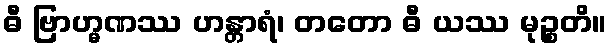
ဓီ ဗြာဟ္မဏဿ ဟန္တာရံ၊ တတော ဓီ ယဿ မုဉ္စတိ။